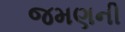
જમણની